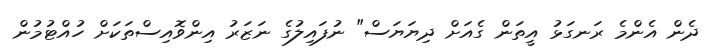
ދެން އެންމެ ރަނގަޅު އީތަން ގެއަށް ދިޔަޔަސް" ނުފައިލުގެ ނަޒަރު އިންވޮއިސްތަކަށް ހުއްޓުމުން